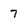
Character: 7